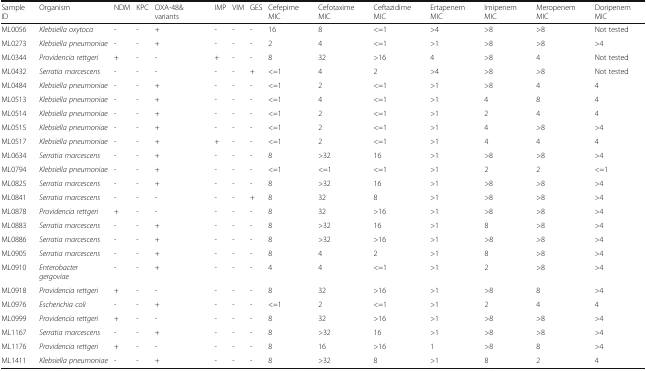
<table><thead><tr><td><b>Sample ID</b></td><td><b>Organism</b></td><td><b>NDM</b></td><td><b>KPC</b></td><td><b>OXA-48&amp; variants</b></td><td><b>IMP</b></td><td><b>VIM</b></td><td><b>GES</b></td><td><b>Cefepime MIC</b></td><td><b>Cefotaxime MIC</b></td><td><b>Ceftazidime MIC</b></td><td><b>Ertapenem MIC</b></td><td><b>Imipenem MIC</b></td><td><b>Meropenem MIC</b></td><td><b>Doripenem MIC</b></td></tr></thead><tbody><tr><td>ML0056</td><td><i>Klebsiella oxytoca</i></td><td>-</td><td>-</td><td>+</td><td>-</td><td>-</td><td>-</td><td>16</td><td>8</td><td>&lt;=1</td><td>&gt;4</td><td>&gt;8</td><td>&gt;8</td><td>Not tested</td></tr><tr><td>ML0273</td><td><i>Klebsiella pneumoniae</i></td><td>-</td><td>-</td><td>+</td><td>-</td><td>-</td><td>-</td><td>2</td><td>4</td><td>&lt;=1</td><td>&gt;1</td><td>&gt;8</td><td>&gt;8</td><td>&gt;4</td></tr><tr><td>ML0344</td><td><i>Providencia rettgeri</i></td><td>+</td><td>-</td><td>-</td><td>+</td><td>-</td><td>-</td><td>8</td><td>32</td><td>&gt;16</td><td>4</td><td>&gt;8</td><td>4</td><td>Not tested</td></tr><tr><td>ML0432</td><td><i>Serratia marcescens</i></td><td>-</td><td>-</td><td>-</td><td>-</td><td>-</td><td>+</td><td>&lt;=1</td><td>4</td><td>2</td><td>&gt;4</td><td>&gt;8</td><td>&gt;8</td><td>Not tested</td></tr><tr><td>ML0484</td><td><i>Klebsiella pneumoniae</i></td><td>-</td><td>-</td><td>+</td><td>-</td><td>-</td><td>-</td><td>&lt;=1</td><td>2</td><td>&lt;=1</td><td>&gt;1</td><td>&gt;8</td><td>4</td><td>4</td></tr><tr><td>ML0513</td><td><i>Klebsiella pneumoniae</i></td><td>-</td><td>-</td><td>+</td><td>-</td><td>-</td><td>-</td><td>&lt;=1</td><td>4</td><td>&lt;=1</td><td>&gt;1</td><td>4</td><td>8</td><td>4</td></tr><tr><td>ML0514</td><td><i>Klebsiella pneumoniae</i></td><td>-</td><td>-</td><td>+</td><td>-</td><td>-</td><td>-</td><td>&lt;=1</td><td>2</td><td>&lt;=1</td><td>&gt;1</td><td>2</td><td>4</td><td>4</td></tr><tr><td>ML0515</td><td><i>Klebsiella pneumoniae</i></td><td>-</td><td>-</td><td>+</td><td>-</td><td>-</td><td>-</td><td>&lt;=1</td><td>2</td><td>&lt;=1</td><td>&gt;1</td><td>4</td><td>&gt;8</td><td>&gt;4</td></tr><tr><td>ML0517</td><td><i>Klebsiella pneumoniae</i></td><td>-</td><td>-</td><td>+</td><td>+</td><td>-</td><td>-</td><td>&lt;=1</td><td>2</td><td>&lt;=1</td><td>&gt;1</td><td>4</td><td>4</td><td>4</td></tr><tr><td>ML0634</td><td><i>Serratia marcescens</i></td><td>-</td><td>-</td><td>+</td><td>-</td><td>-</td><td>-</td><td>8</td><td>&gt;32</td><td>16</td><td>&gt;1</td><td>&gt;8</td><td>&gt;8</td><td>&gt;4</td></tr><tr><td>ML0794</td><td><i>Klebsiella pneumoniae</i></td><td>-</td><td>-</td><td>+</td><td>-</td><td>-</td><td>-</td><td>&lt;=1</td><td>&lt;=1</td><td>&lt;=1</td><td>&gt;1</td><td>2</td><td>2</td><td>&lt;=1</td></tr><tr><td>ML0825</td><td><i>Serratia marcescens</i></td><td>-</td><td>-</td><td>+</td><td>-</td><td>-</td><td>-</td><td>8</td><td>&gt;32</td><td>16</td><td>&gt;1</td><td>&gt;8</td><td>&gt;8</td><td>&gt;4</td></tr><tr><td>ML0841</td><td><i>Serratia marcescens</i></td><td>-</td><td>-</td><td>-</td><td>-</td><td>-</td><td>+</td><td>8</td><td>32</td><td>8</td><td>&gt;1</td><td>&gt;8</td><td>&gt;8</td><td>&gt;4</td></tr><tr><td>ML0878</td><td><i>Providencia rettgeri</i></td><td>+</td><td>-</td><td>-</td><td>-</td><td>-</td><td>-</td><td>8</td><td>32</td><td>&gt;16</td><td>&gt;1</td><td>&gt;8</td><td>&gt;8</td><td>&gt;4</td></tr><tr><td>ML0883</td><td><i>Serratia marcescens</i></td><td>-</td><td>-</td><td>+</td><td>-</td><td>-</td><td>-</td><td>8</td><td>&gt;32</td><td>16</td><td>&gt;1</td><td>8</td><td>&gt;8</td><td>&gt;4</td></tr><tr><td>ML0886</td><td><i>Serratia marcescens</i></td><td>-</td><td>-</td><td>+</td><td>-</td><td>-</td><td>-</td><td>8</td><td>&gt;32</td><td>&gt;16</td><td>&gt;1</td><td>&gt;8</td><td>&gt;8</td><td>&gt;4</td></tr><tr><td>ML0905</td><td><i>Serratia marcescens</i></td><td>-</td><td>-</td><td>+</td><td>-</td><td>-</td><td>-</td><td>8</td><td>4</td><td>2</td><td>&gt;1</td><td>8</td><td>&gt;8</td><td>&gt;4</td></tr><tr><td>ML0910</td><td><i>Enterobacter gergoviae</i></td><td>-</td><td>-</td><td>+</td><td>-</td><td>-</td><td>-</td><td>4</td><td>4</td><td>&lt;=1</td><td>&gt;1</td><td>2</td><td>&gt;8</td><td>&gt;4</td></tr><tr><td>ML0918</td><td><i>Providencia rettgeri</i></td><td>+</td><td>-</td><td>-</td><td>-</td><td>-</td><td>-</td><td>8</td><td>32</td><td>&gt;16</td><td>&gt;1</td><td>&gt;8</td><td>8</td><td>&gt;4</td></tr><tr><td>ML0976</td><td><i>Escherichia coli</i></td><td>-</td><td>-</td><td>+</td><td>-</td><td>-</td><td>-</td><td>&lt;=1</td><td>2</td><td>&lt;=1</td><td>&gt;1</td><td>2</td><td>4</td><td>4</td></tr><tr><td>ML0999</td><td><i>Providencia rettgeri</i></td><td>+</td><td>-</td><td>-</td><td>-</td><td>-</td><td>-</td><td>8</td><td>32</td><td>&gt;16</td><td>&gt;1</td><td>&gt;8</td><td>&gt;8</td><td>&gt;4</td></tr><tr><td>ML1167</td><td><i>Serratia marcescens</i></td><td>-</td><td>-</td><td>+</td><td>-</td><td>-</td><td>-</td><td>8</td><td>&gt;32</td><td>16</td><td>&gt;1</td><td>&gt;8</td><td>&gt;8</td><td>&gt;4</td></tr><tr><td>ML1176</td><td><i>Providencia rettgeri</i></td><td>+</td><td>-</td><td>-</td><td>-</td><td>-</td><td>-</td><td>8</td><td>16</td><td>&gt;16</td><td>1</td><td>&gt;8</td><td>8</td><td>&gt;4</td></tr><tr><td>ML1411</td><td><i>Klebsiella pneumoniae</i></td><td>-</td><td>-</td><td>+</td><td>-</td><td>-</td><td>-</td><td>8</td><td>&gt;32</td><td>8</td><td>&gt;1</td><td>8</td><td>2</td><td>4</td></tr></tbody></table>